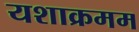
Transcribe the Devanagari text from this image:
यशाक्रमम